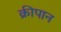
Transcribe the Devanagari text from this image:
क्रीपान